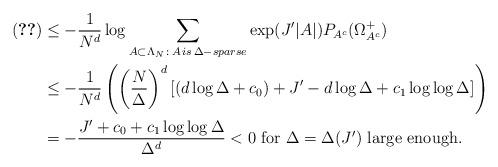
LaTeX: \begin{align*}\eqref{prop3}&\leq -\frac1{N^d}\log \sum_{A\subset\Lambda_N \,:\, A \,is\, \Delta-sparse }\exp(J'{|A|})P_{A^c}(\Omega_{A^c}^+)\\&\leq -\frac1{N^{d}} \left( \left(\frac N\Delta\right)^d[(d\log\Delta+c_0)+J' -d\log\Delta+c_1\log\log\Delta]\right)\\&=-\frac{J'+c_0+c_1\log\log\Delta}{\Delta^d}<0 \mbox{ for $\Delta=\Delta(J')$ large enough.}\end{align*}